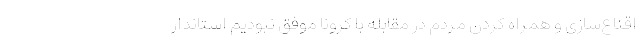
اقناع‌سازی و همراه کردن مردم در مقابله با کرونا موفق نبودیم استاندار